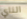
الناي